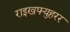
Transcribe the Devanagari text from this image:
राइखफ्युहरर